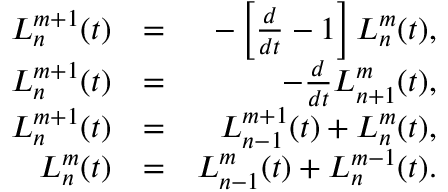
\begin{array} { r l r } { L _ { n } ^ { m + 1 } ( t ) } & { = } & { - \left[ \frac { d } { d t } - 1 \right] L _ { n } ^ { m } ( t ) , } \\ { L _ { n } ^ { m + 1 } ( t ) } & { = } & { - \frac { d } { d t } L _ { n + 1 } ^ { m } ( t ) , } \\ { L _ { n } ^ { m + 1 } ( t ) } & { = } & { L _ { n - 1 } ^ { m + 1 } ( t ) + L _ { n } ^ { m } ( t ) , } \\ { L _ { n } ^ { m } ( t ) } & { = } & { L _ { n - 1 } ^ { m } ( t ) + L _ { n } ^ { m - 1 } ( t ) . } \end{array}